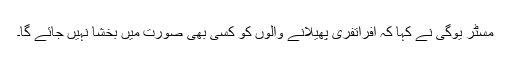
مسٹر یوگی نے کہا کہ افراتفری پھیلانے والوں کو کسی بھی صورت میں بخشا نہیں جائے گا۔